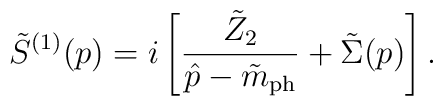
\tilde{S}^{(1)}(p) = i\left[\frac{\tilde{Z}_2}{\hat{p}-\tilde{m}_{\rm ph}}+\tilde{\Sigma}(p) \right].